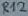
Text: R12